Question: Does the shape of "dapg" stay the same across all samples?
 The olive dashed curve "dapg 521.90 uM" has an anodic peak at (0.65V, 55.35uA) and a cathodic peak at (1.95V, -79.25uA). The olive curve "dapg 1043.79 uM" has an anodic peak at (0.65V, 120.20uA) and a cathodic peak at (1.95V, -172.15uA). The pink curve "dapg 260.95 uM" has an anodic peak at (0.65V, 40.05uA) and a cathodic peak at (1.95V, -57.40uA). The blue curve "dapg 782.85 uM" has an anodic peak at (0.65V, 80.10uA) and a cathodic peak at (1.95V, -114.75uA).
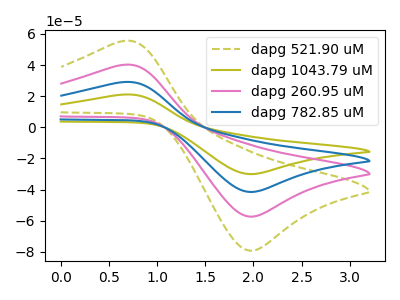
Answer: <think>All the peaks in "dapg 521.90 uM" have a peak in "dapg 1043.79 uM" at the same potential. Every peak in "dapg 521.90 uM" is lower than every peak in "dapg 1043.79 uM". All the peaks in "dapg 521.90 uM" have a peak in "dapg 260.95 uM" at the same potential. Every peak in "dapg 521.90 uM" is higher than every peak in "dapg 260.95 uM". All the peaks in "dapg 521.90 uM" have a peak in "dapg 782.85 uM" at the same potential. Every peak in "dapg 521.90 uM" is lower than every peak in "dapg 782.85 uM". All the peaks in "dapg 1043.79 uM" have a peak in "dapg 260.95 uM" at the same potential. Every peak in "dapg 1043.79 uM" is higher than every peak in "dapg 260.95 uM". All the peaks in "dapg 1043.79 uM" have a peak in "dapg 782.85 uM" at the same potential. Every peak in "dapg 1043.79 uM" is higher than every peak in "dapg 782.85 uM". All the peaks in "dapg 260.95 uM" have a peak in "dapg 782.85 uM" at the same potential. Every peak in "dapg 260.95 uM" is lower than every peak in "dapg 782.85 uM".
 </think>
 <answer>All the CV's of "dapg" have similar shape.</answer>
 <eval>follow_rule</eval>